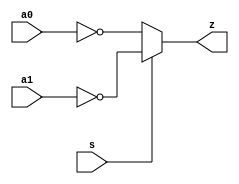
module mxi2
(
	output	z,
	input		a0,
	input		a1,
	input		s
);

assign z = (s) ? ~a1 : ~a0;

endmodule